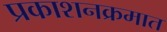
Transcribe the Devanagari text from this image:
प्रकाशनक्रमात